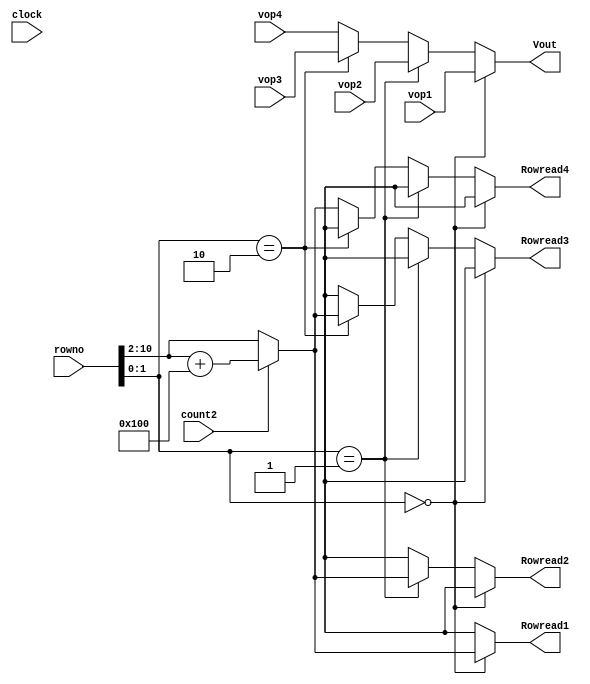
module v_arbiter(vop1,vop2,vop3,vop4,rowno,clock,Vout,Rowread1,Rowread2,Rowread3,Rowread4,count2);

input clock;
input count2;
input [10:0] rowno;
input [47:0] vop1;
input [47:0] vop2;
input [47:0] vop3;
input [47:0] vop4;
output [47:0] Vout;
output [8:0] Rowread1;
output [8:0] Rowread2;
output [8:0] Rowread3;
output [8:0] Rowread4;

//reg request1,request2,request3,request4;
reg [8:0] Rowread1;
reg [8:0] Rowread2;
reg [8:0] Rowread3;
reg [8:0] Rowread4;

wire [1:0] select;
wire [10:0] Rowread;

reg [47:0] Vout;


assign select = rowno[1:0];
assign Rowread = count2?((rowno>>2'd2)+11'h100):(rowno >> 2'd2);

always@(*)
begin
	Rowread1 = 11'hx;
	Rowread2 = 11'hx;
	Rowread3 = 11'hx;
	Rowread4 = 11'hx;
	Vout = 48'b0;
	//request1 = 1'b0;request2 = 1'b0;request3 = 1'b0;request4 = 1'b0;
	if(select == 2'b00)
	begin
		//request1 = 1'b1;
		Rowread1 = Rowread[8:0];
		Vout = vop1;
	end
	else if(select == 2'b01)
	begin
		//request2 = 1'b1;
		Rowread2 = Rowread[8:0];
		Vout = vop2;
	end
	else if(select == 2'b10)
	begin
		//request3 = 1'b1;
		Rowread3 = Rowread[8:0];
		Vout = vop3;
	end
	else
	begin
		//request4 = 1'b1;
		Rowread4 = Rowread[8:0];
		Vout = vop4;
	end
end

/*
always @(*)
begin
	Rowread1 = 11'hx;
	Rowread2 = 11'hx;
	Rowread3 = 11'hx;
	Rowread4 = 11'hx;
	if(request1 == 1'b1)
		Rowread1 = Rowread;
	if(request2 == 1'b1)
		Rowread2 = Rowread;
	if(request3 == 1'b1)
		Rowread3 = Rowread;
	if(request4 == 1'b1)
		Rowread4 = Rowread;
end


always @(*)
begin
	Vout = 48'b0;	
	if(request1 == 1'b1)
		Vout = vop1;
	if(request2 == 1'b1)
		Vout = vop2;
	if(request3 == 1'b1)
		Vout = vop3;
	if(request4 == 1'b1)
		Vout = vop4;
end
*/
endmodule